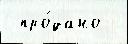
 про́дано